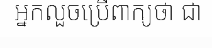
អ្នកលួចប្រើពាក្យថា ជា